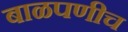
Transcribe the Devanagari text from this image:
बाळपणीच